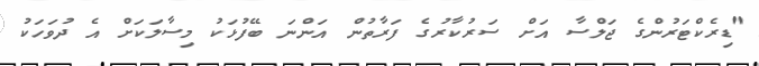
"ޑިރެކްޓަރުންގެ ޖަލްސާ އަށް ސަރުކާރުގެ ފަރާތުން އަންނަ ބޭފުޅަކު މިސާލަކަށް އެ ދުވަހަކު